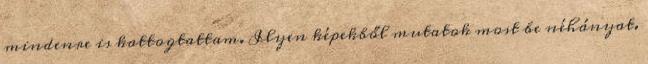
mindenre is kattogtattam. Ilyen képekből mutatok most be néhányat.